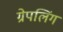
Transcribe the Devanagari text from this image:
ग्रेपलिंग